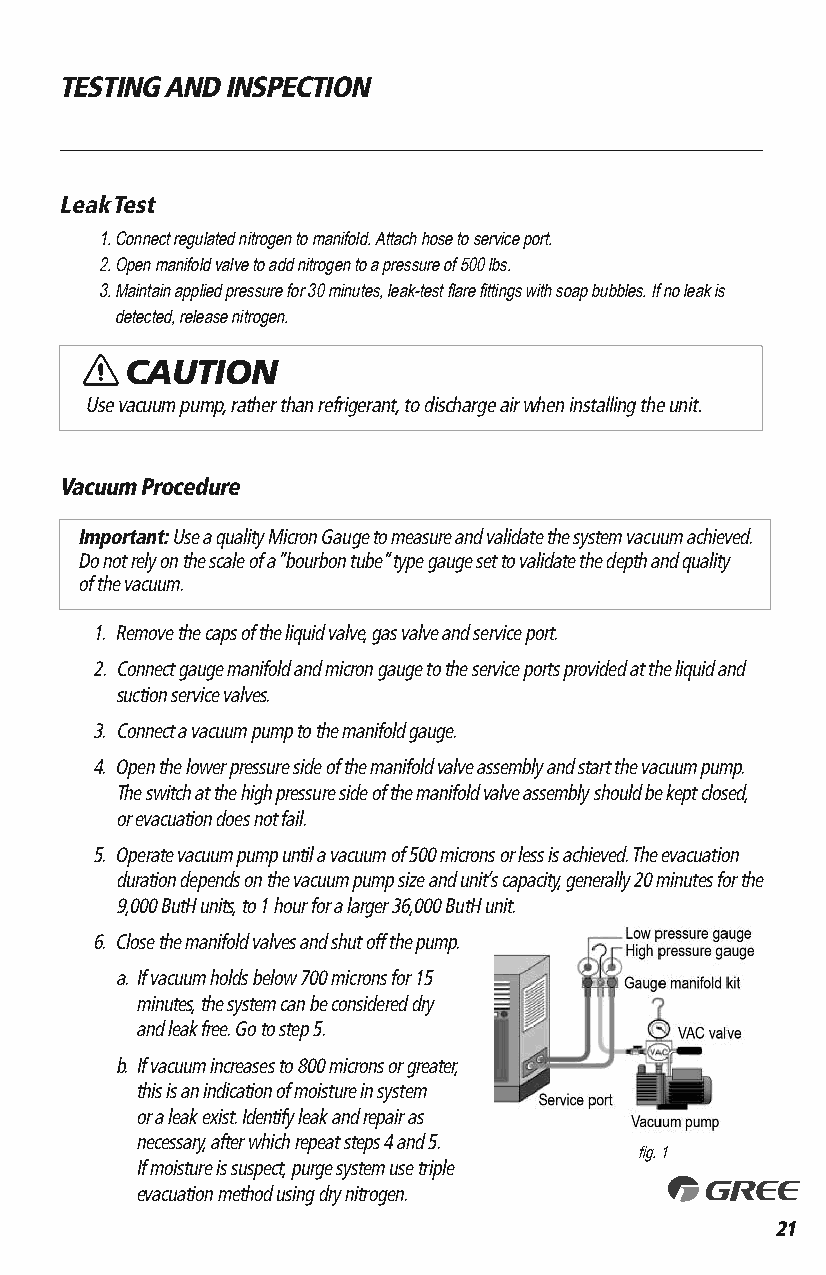
TESTING AND INSPECTION
 Leak Test
 1. Connect regulated nitrogen to manifold. Attach hose to service port.
 2. Open manifold valve to add nitrogen to a pressure of 500 lbs.
 3. Maintain applied pressure for 30 minutes, leak-test flare fittings with soap bubbles. If no leak is
 detected, release nitrogen.
 CAUTION
 Use vacuum pump, rather than refrigerant, to discharge air when installing the unit.
 Vacuum Procedure
 Important: Use a quality Micron Gauge to measure and validate the system vacuum achieved.
 Do not rely on the scale of a“bourbon tube”type gauge set to validate the depth and quality
 of the vacuum.
 1. Remove the caps of the liquid valve, gas valve and service port.
 2. Connect gauge manifold and micron gauge to the service ports provided at the liquid and
 suction service valves.
 3. Connect a vacuum pump to the manifold gauge.
 4. Open the lower pressure side of the manifold valve assembly and start the vacuum pump.
 The switch at the high pressure side of the manifold valve assembly should be kept closed,
 or evacuation does not fail.
 5. Operate vacuum pump until a vacuum of 500 microns or less is achieved. The evacuation
 duration depends on the vacuum pump size and unit’s capacity, generally 20 minutes for the
 9,000 ButH units, to 1 hour for a larger 36,000 ButH unit.
 6. Close the manifold valves and shut off the pump.
 a. If vacuum holds below 700 microns for 15
 minutes, the system can be considered dry
 and leak free. Go to step 5.
 b. If vacuum increases to 800 microns or greater,
 this is an indication of moisture in system
 or a leak exist. Identify leak and repair as
 necessary, after which repeat steps 4 and 5.
 fig. 1
 If moisture is suspect, purge system use triple
 evacuation method using dry nitrogen.
 21